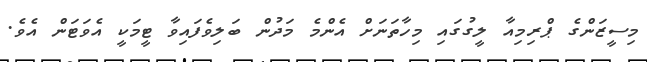
މިސީޒަންގެ ޕްރިމިއާ ލީގުގައި މިހާތަނަށް އެންމެ މަދުން ބަލިވެފައިވާ ޓީމަކީ އެވަޓަން އެވެ.